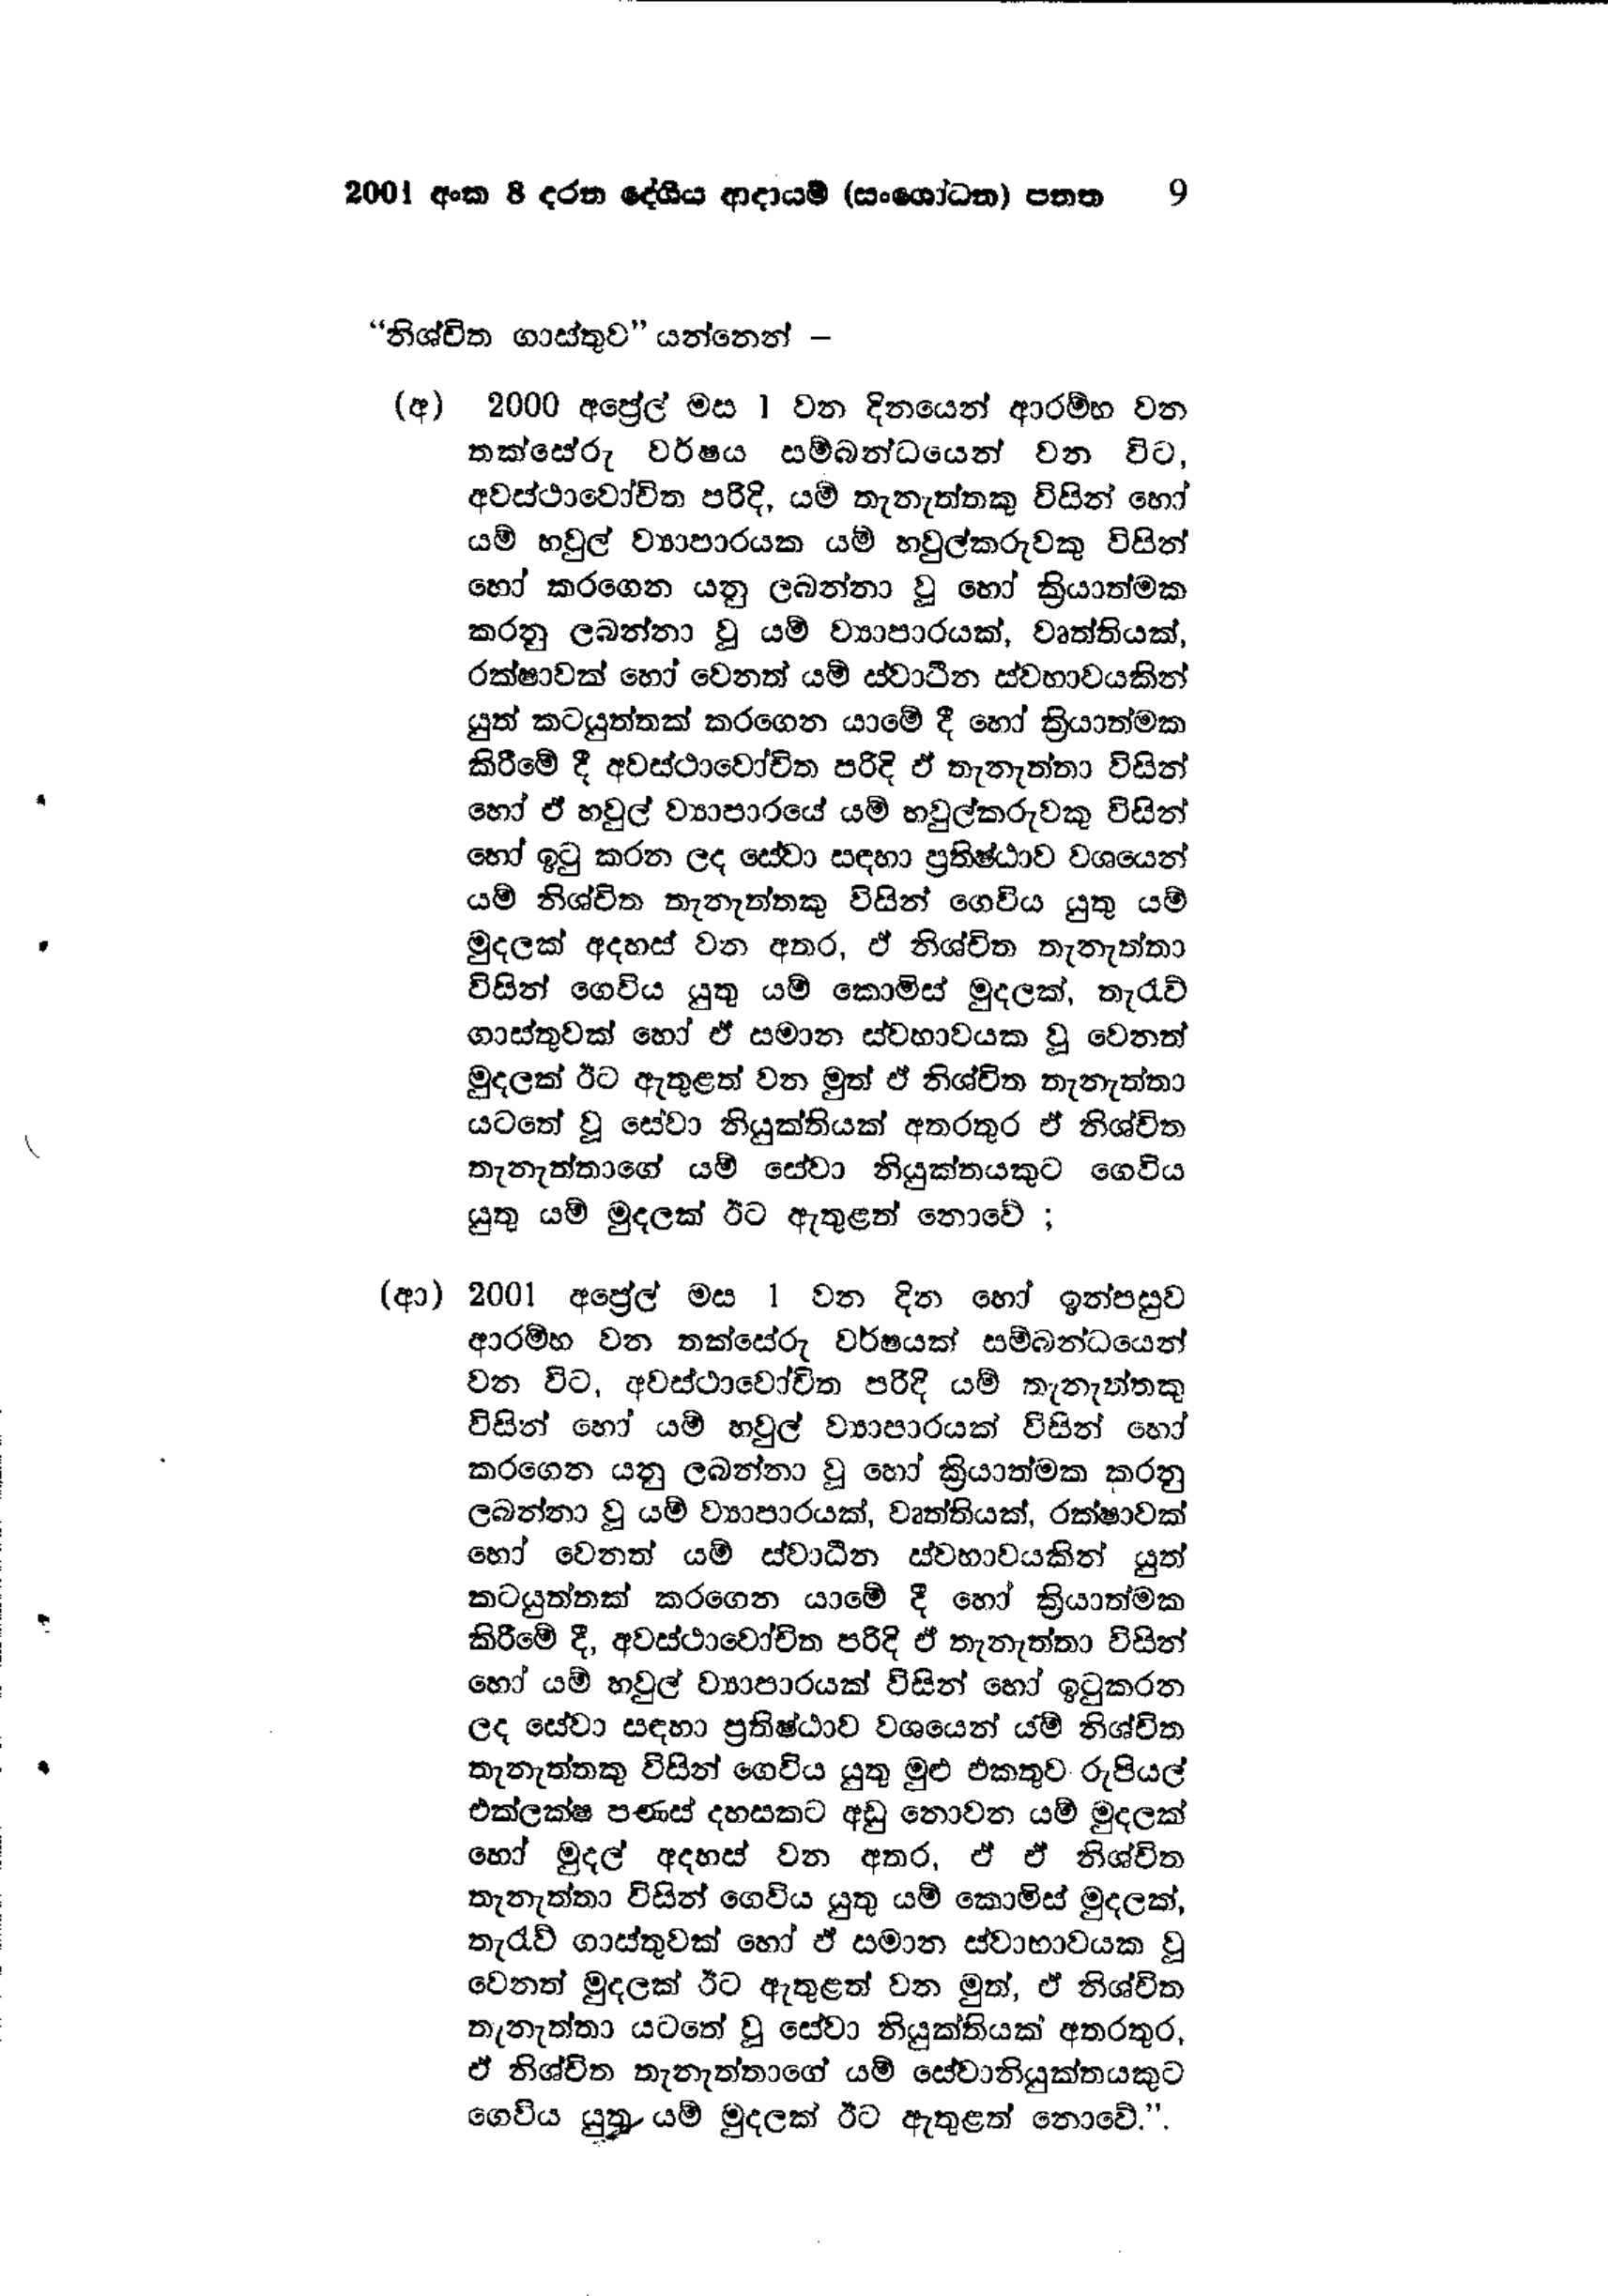
2001 අංක 8 දරන දේශීය ආදායම් (සංශෝධන) පනත 9

'' නිශ්චිත ගාස්තුව " යන්නෙන් -

(අ) 2000 අප්‍රේල් මස 1 වන දිනයෙන් ආරම්භ වන
තක්සේරු වර්ෂය සම්බන්ධයෙන් වන විට,
අවස්ථාවෝචිත පරිදි, යම් තැනැත්තකු විසින් හෝ
යම් හවුල් ව්‍යාපාරයක යම් හවුල්කරුවකු විසින්
හෝ කරගෙන යනු ලබන්නා වූ හෝ ක්‍රියාත්මක
කරනු ලබන්නා වූ යම් ව්‍යාපාරයක්, වෘත්තියක්,
රක්ෂාවක් හෝ වෙනත් යම් ස්වාධීන ස්වභාවයකින්
යුත් කටයුත්තක් කරගෙන යාමේ දී හෝ ක්‍රියාත්මක
කිරීමේ දී අවස්ථාවෝචිත පරිදි ඒ තැනැත්තා විසින්
හෝ ඒ හවුල් ව්‍යාපාරයේ යම් හවුල්කරුවකු විසින්
හෝ ඉටු කරන ලද සේවා සඳහා ප්‍රතිෂ්ඨාව වශයෙන්
යම් නිශ්චිත තැනැත්තකු විසින් ගෙවිය යුතු යම්
මුදලක් අදහස් වන අතර, ඒ නිශ්චිත තැනැත්තා
විසින් ගෙවිය යුතු යම් කොමිස් මුදලක්, තැරැව්
ගාස්තුවක් හෝ ඒ සමාන ස්වභාවයක වූ වෙනත්
මුදලක් ඊට ඇතුළත් වන මුත් ඒ නිශ්චිත තැනැත්තා
යටතේ වූ සේවා නියුක්තියක් අතරතුර ඒ නිශ්චිත
තැනැත්තාගේ යම් සේවා නියුක්තයකුට ගෙවිය
යුතු යම් මුදලක් ඊට ඇතුළත් නොවේ ;

(ආ) 2001 අප්‍රේල් මස 1 වන දින හෝ ඉන්පසුව
ආරම්භ වන තක්සේරු වර්ෂයක් සම්බන්ධයෙන්
වන විට, අවස්ථාවෝචිත පරිදි යම් තැනැත්තකු
විසින් හෝ යම් හවුල් ව්‍යාපාරයක් විසින් හෝ
කරගෙන යනු ලබන්නා වූ හෝ ක්‍රියාත්මක කරනු
ලබන්නා වූ යම් ව්‍යාපාරයක්, වෘත්තියක්, රක්ෂාවක්
හෝ වෙනත් යම් ස්වාධීන ස්වභාවයකින් යුත්
කටයුත්තක් කරගෙන යාමේ දී හෝ ක්‍රියාත්මක
කිරීමේ දී, අවස්ථාවෝචිත පරිදි ඒ තැනැත්තා විසින්
හෝ යම් හවුල් ව්‍යාපාරයක් විසින් හෝ ඉටුකරන
ලද සේවා සඳහා ප්‍රතිෂ්ඨාව වශයෙන් යම් නිශ්චිත
තැනැත්තකු විසින් ගෙවිය යුතු මුළු එකතුව රුපියල්
එක්ලක්ෂ පණස් දහසකට අඩු නොවන යම් මුදලක්
හෝ මුදල් අදහස් වන අතර, ඒ ඒ නිශ්චිත
තැනැත්තා විසින් ගෙවිය යුතු යම් කොමිස් මුදලක්,
තැරැව් ගාස්තුවක් හෝ ඒ සමාන ස්වාභාවයක වූ
වෙනත් මුදලක් ඊට ඇතුළත් වන මුත්, ඒ නිශ්චිත
තැනැත්තා යටතේ වූ සේවා නියුක්තියක් අතරතුර,
ඒ නිශ්චිත තැනැත්තාගේ යම් සේවානියුක්තයකුට
ගෙවීය යුතු- යම් මුදලක් ඊට ඇතුළත් නොවේ.''.